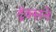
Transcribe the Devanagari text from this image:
ट्रॅक्सने